Vaccine operations Central Provinces & Berar 1922-1929 - 1922-1929
Year: 1922
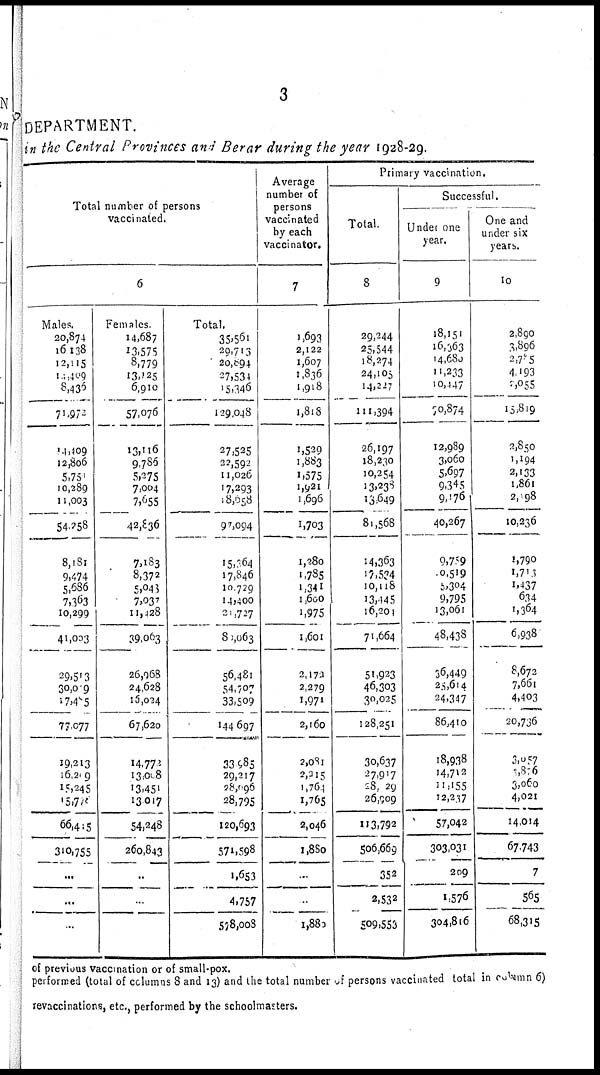
3
DEPARTMENT.
in the Central Provinces and Berar during the year 1928-29.
Total number of persons
vaccinated.
6
Males.
20,874
16,138
12,115
14,409
8,436
71,972
14,109
12,806
5,751
10,289
11,003
54,258
8,181
9,474
5,686
7,363
10,299
41,003
29,513
30,079
17,485
77,077
19,213
16,209
15,245
15,778
66,415
310,755
...
...
...
Females.
14,687
13,575
8,779
13,125
6,910
57,076
13,116
9,786
5,275
7,004
7,655
42,836
7,183
8,372
5,943
7,037
11,128
39,063
26,968
24,628
16,024
67,620
14,772
13,008
13,451
13,017
54,248
260,843
...
...
...
Total.
35,561
29,713
20,894
27,534
15,346
129,048
27,525
22,592
11,026
17,293
18,058
97,094
15,364
17,846
10,729
14,400
21,727
80,063
56,481
54,707
33,509
144,697
33,985
29,217
28,096
28,795
120,693
571,598
1,653
4,757
578,008
Average
number of
persons
vaccinated
by each
vaccinator.
7
1,693
2,122
1,607
1,836
1,918
1,818
1,529
1,883
1,575
1,921
1,696
1,703
1,280
1,785
1,341
1,600
1,975
1,601
2,173
2,279
1,971
2,160
2,081
2,215
1,764
1,765
2,046
1,880
...
...
1,880
Primary vaccination.
Total.
8
29,244
25,544
18,274
24,105
14,227
111,394
26,197
18,230
10,254
13,238
13,649
81,568
14,363
17,534
10,118
13,445
16,201
71,664
51,923
46,303
30,025
128,251
30,637
27,917
28,129
26,909
113,792
506,669
352
2,532
509,553
Successful.
Under one
year.
9
18,151
16,363
14,680
11,233
10,447
70,874
12,989
3,060
5,697
9,345
9,176
40,267
9,759
9,519
5,304
9,795
13,061
48,438
36,449
25,614
24,347
86,410
18,938
14,712
11,155
12,237
57,042
303,031
209
1,576
304,816
One and
under six
years.
10
2,890
3,896
2,715
4,193
2,055
15,819
2,850
1,194
2,133
1,861
2,198
10,236
1,790
1,713
1,437
634
1,364
6,938
8,672
7,661
4,403
20,736
3,057
3,876
3,060
4,021
14,014
67,743
7
565
68,315
of previous vaccination or of small-pox.
performed (total of columns 8 and 13) and the total number of persons vaccinated total in column 6)
revaccinations, etc., performed by the schoolmasters.